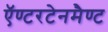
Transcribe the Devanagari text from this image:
ऍण्टरटेनमैण्ट